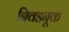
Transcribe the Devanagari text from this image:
निवडनूक